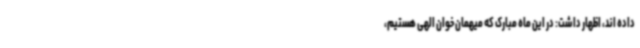
داده اند، اظهار داشت: در این ماه مبارک که میهمان خوان الهی هستیم،